King Institute of Preventive Medicine Micro-Biological Section reports 1912-19
Year: 1912
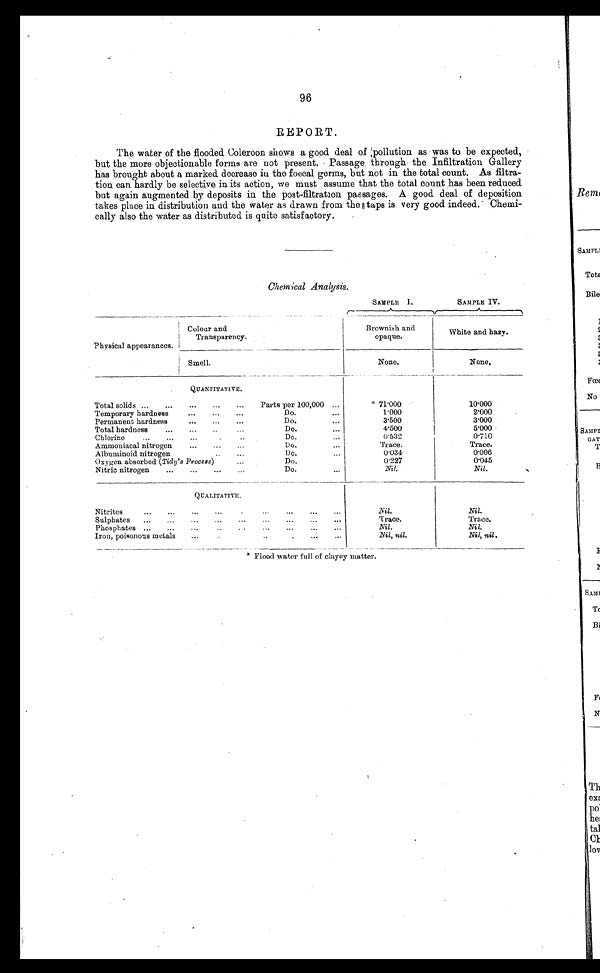
96
REPORT.
The water of the flooded Coleroon shows a good deal of pollution as was to be expected,
but the more objectionable forms are not present. Passage. through the Infiltration Gallery
has brought about a marked decrease in the foecal germs, but not in the total count. As filtra-
tion can hardly be selective in its action, we must assume that the total count has been reduced
but again augmented by deposits in the post-filtration passages. A good deal of deposition
takes place in distribution and the water as drawn from the taps is very good indeed. Chemi-
cally also the water as distributed is quite satisfactory.
.
Chemical Analysis.
SAMPLE I.
SAMPLE IV .
Physical appearances.
Colour and
Transparency.
Brownish and
opaque.
White and hazy.
Smell.
None.
None.
QUANTITATIVE.
Total solids ...
...
...
...
Parts per 100,000
. . .
* 71.000
10.000
Temporary hardness
...
...
...
Do.
. . .
1.000
2.000
Permanent hardness
...
...
...
Do.
3.500
3.000
Total hardness
...
...
...
Do.
. . .
4.500
5.000
Chlorine...
...
...
. ..
Do.
. . .
0 . 5 3 2
0.710
Ammoniacal nitrogen
...
...
...
Do.
...
Trace.
Trace.
Albuminoid nitrogen..
Do. Do. .
0.034
0.006
Oxygen absorbed ( Tidy's Process)...
0.227
0.045
Nitric nitrogen
...
...
...
...
Do.
. . .
Nil.
Nil.
QUALITATIVE.
Nitrites
...
...
...
...
.
...
. . .
Nil.
Nil.
S ulphates
...
...
...
...
...
...
...
...
. . .
Trace.
Trace.
Phosphates ...
...
..
..
...
...
...
. . .
Nil.
Nil.
Iron, poisonous metals
...
•
.
.
- •
Nil, nil.
Nil, nil.
* F l o o d w a t e r f u l l o f c l a y e y m a t t e r .